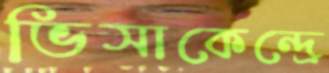
ভিসাকেন্দ্রে